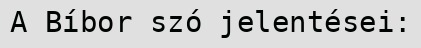
A Bíbor szó jelentései: